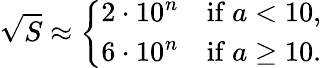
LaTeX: {\sqrt{S}}\approx{\left\{ \begin{array}{ll}{2\cdot 10^{n}}&{{\mathrm{if~}}a<10,}\\ {6\cdot 10^{n}}&{{\mathrm{if~}}a\geq 10.}\end{array}\right.}